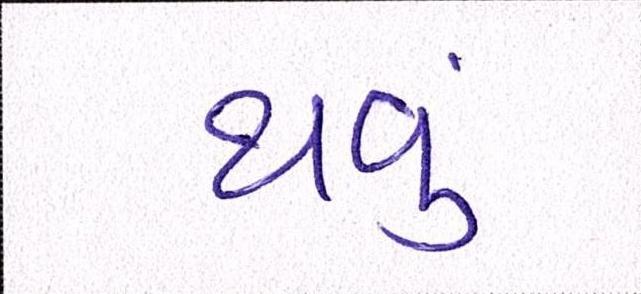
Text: થવું